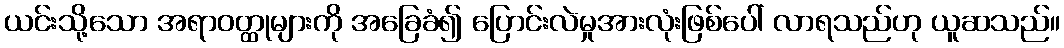
ယင်းသို့သော အရာဝတ္ထုများကို အခြေခံ၍ ပြောင်းလဲမှုအားလုံးဖြစ်ပေါ် လာရသည်ဟု ယူဆသည်။